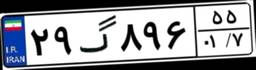
۲۹گ۸۹۶۵۵